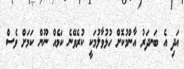
އަދި އެ ބަނދަރު އާންމުކޮށް ހުޅުވާލުމަކީ ކުރެވޭނެ ކަމެއް ނޫން ކަމަށް ވެސް